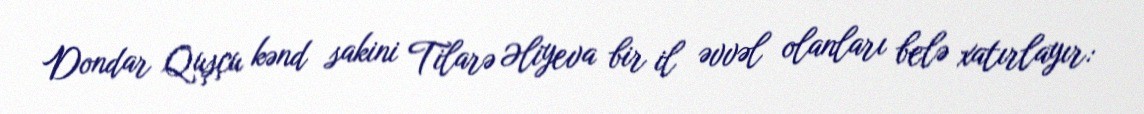
Dondar Quşçu kənd sakini Tilarə Əliyeva bir il əvvəl olanları belə xatırlayır: